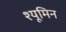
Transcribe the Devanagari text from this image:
श्यूमिन